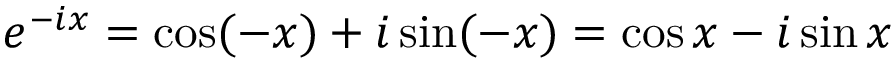
e ^ { - i x } = \cos ( - x ) + i \sin ( - x ) = \cos x - i \sin x